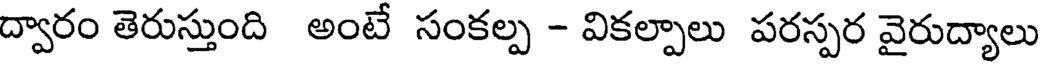
ద్వారం తెరుస్తుంది అంటే సంకల్ప - వికల్పాలు పరస్పర వైరుద్యాలు